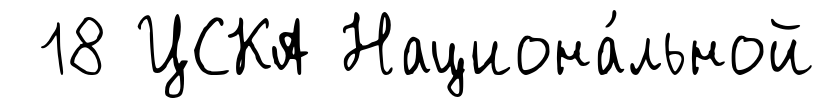
18 ЦСКА Национа́льной